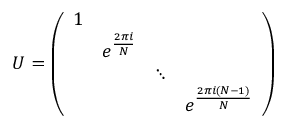
U = \left( \begin{array} { l l l l } { { 1 } } & { { } } & { { } } & { { } } \\ { { } } & { { e ^ { \frac { 2 \pi i } { N } } } } & { { } } & { { } } \\ { { } } & { { } } & { { \ddots } } & { { } } \\ { { } } & { { } } & { { } } & { { e ^ { \frac { 2 \pi i ( N - 1 ) } { N } } } } \end{array} \right)